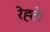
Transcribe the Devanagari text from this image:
रेह्ते।